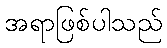
အရာဖြစ်ပါသည်